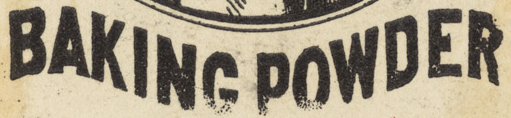
BAKING POWDER